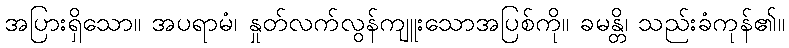
အပြားရှိသော။ အပရာမံ၊ နှုတ်လက်လွန်ကျူးသောအပြစ်ကို။ ခမန္တိ၊ သည်းခံကုန်၏။